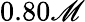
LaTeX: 0.80\mathscr{M}